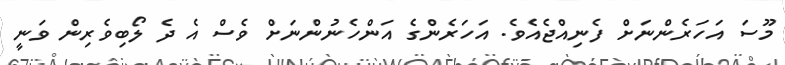
މޫސަ އަހަރެންނަށް ފެނިއްޖެއެވެ. އަހަރެންގެ އަންހެނުންނަށް ވެސް އެ ދެ ލޯބިވެރިން ވަނީ